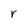
Character: r